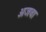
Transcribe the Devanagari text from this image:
अजवा